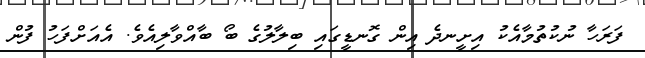
ފަރަހާ ނުކުތުމާއެކު އިށީނދެ އިން ގޮނޑީގައި ބިލާލުގެ ބޯ ބާއްވާލިއެވެ. އެއަށްފަހު ފުން